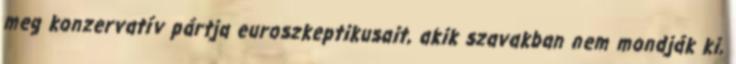
meg konzervatív pártja euroszkeptikusait, akik szavakban nem mondják ki,